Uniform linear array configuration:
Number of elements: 16
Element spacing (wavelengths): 0.25
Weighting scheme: hann
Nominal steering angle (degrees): -60
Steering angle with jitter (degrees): -58.886
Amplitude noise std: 0.05
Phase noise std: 0.05

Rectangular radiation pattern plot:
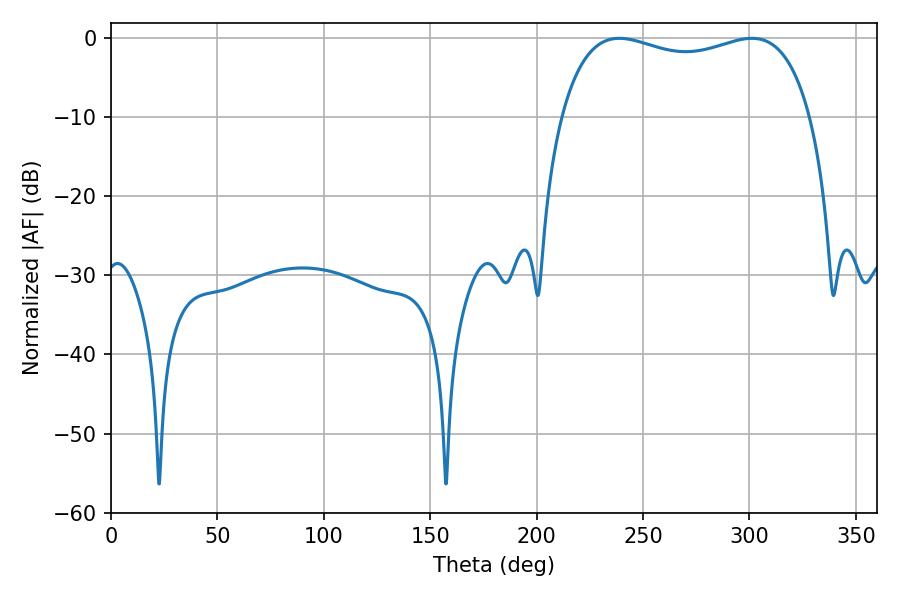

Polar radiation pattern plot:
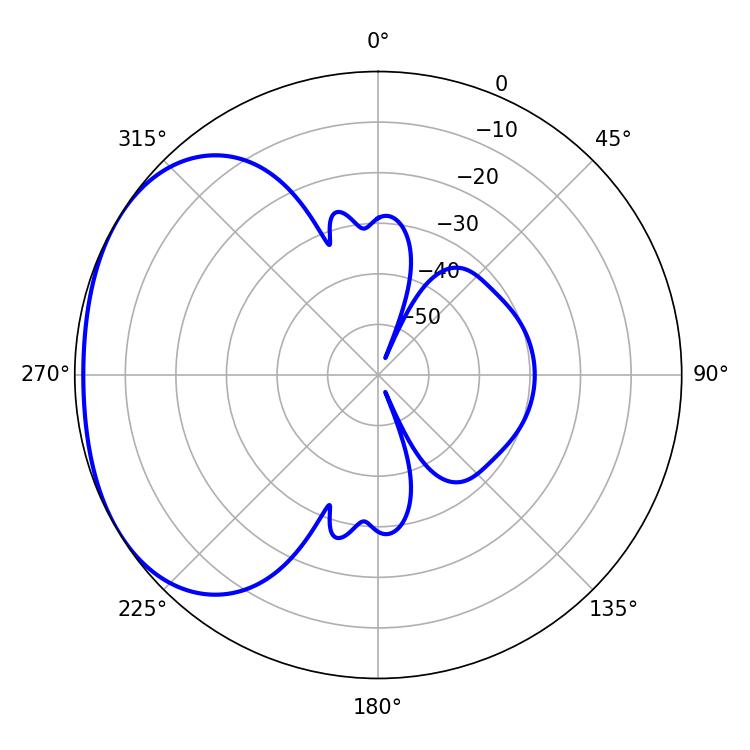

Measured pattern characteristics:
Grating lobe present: FALSE
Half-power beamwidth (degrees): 96.12
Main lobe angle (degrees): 238.86